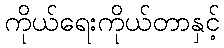
ကိုယ်ရေးကိုယ်တာနှင့်